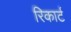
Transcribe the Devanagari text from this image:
रिकार्ट